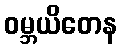
ဝမ္ဘယိတေန